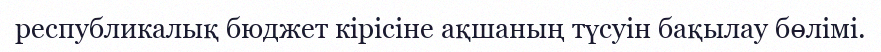
республикалық бюджет кірісіне ақшаның түсуін бақылау бөлімі.